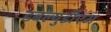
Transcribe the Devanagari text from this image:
डबल्युडीएम